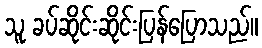
သူ ခပ်ဆိုင်းဆိုင်းပြန်ပြောသည်။